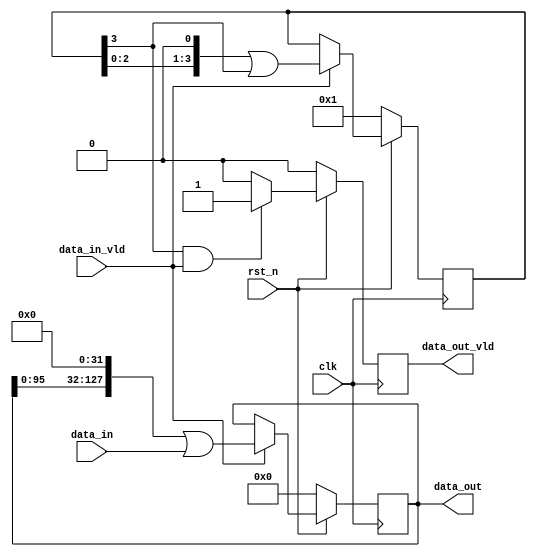
`timescale 1ns / 1ps
//////////////////////////////////////////////////////////////////////////////////
// Company: 
// Engineer: 
// 
// Design Name: 
// Module Name: shift_reg
// Project Name: 
// Target Devices: 
// Tool Versions: 
// Description: 
// 
// Dependencies: 
// 
// Revision:
// Revision 0.01 - File Created
// Additional Comments:
// 
//////////////////////////////////////////////////////////////////////////////////


module shift_reg#(
  parameter    shift_ele_width=32,
  parameter    shift_stage=4

)
(
  input                                        clk,
  input                                        rst_n,
  input  [shift_ele_width-1:0]                 data_in,
  input                                        data_in_vld,
  output     [shift_ele_width*shift_stage-1:0] data_out, 
  output                                       data_out_vld  
);
   reg [shift_stage-1:0] shift_sig={{(shift_stage-1){1'b0}},1'b1},shift_sig_next;
   reg [shift_ele_width*shift_stage-1:0]  shift_data={(shift_ele_width*shift_stage){1'b0}},shift_data_next;
   reg [shift_ele_width*shift_stage-1:0]  shift_data_r={(shift_ele_width*shift_stage){1'b0}};
   reg                                    shift_data_vld=1'b0,shift_data_vld_next;
   reg                   shift_sig_r=1'b0;
   assign        data_out=shift_data;
   assign        data_out_vld=shift_data_vld;
   
   always@*
   begin
   shift_data_vld_next=1'b0;
    if( shift_sig[shift_stage-1]&&data_in_vld)
   shift_data_vld_next=1'b1;
   
   end
   
   always@*
   begin
   shift_sig_next=shift_sig;
    if(data_in_vld)
   shift_sig_next= (shift_sig<<1)| shift_sig[shift_stage-1] ;
   
   end
   
    always@*
   begin
   shift_data_next=shift_data;
    if(data_in_vld)
   shift_data_next= (shift_data<<shift_ele_width)| data_in ;
   
   end
   
   always@(posedge clk)
   begin
   shift_sig<=(!rst_n)?{{(shift_stage-1){1'b0}},1'b1}:shift_sig_next;
   shift_data<=(!rst_n)?{(shift_ele_width*shift_stage){1'b0}}:shift_data_next;
   shift_data_vld<=(!rst_n)?1'b0:shift_data_vld_next;
   shift_sig_r<=(!rst_n)?1'b0:shift_sig[shift_stage-1];
   shift_data_r<=(!rst_n)?{(shift_ele_width*shift_stage){1'b0}}:shift_data;
   end
   
   
   endmodule